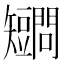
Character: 𥐔